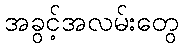
အခွင့်အလမ်းတွေ